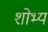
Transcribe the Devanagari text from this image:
शोभ्य